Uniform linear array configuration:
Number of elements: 64
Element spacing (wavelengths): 0.5
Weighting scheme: uniform
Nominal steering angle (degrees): -30
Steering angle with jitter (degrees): -31.285
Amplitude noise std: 0.05
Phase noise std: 0.05

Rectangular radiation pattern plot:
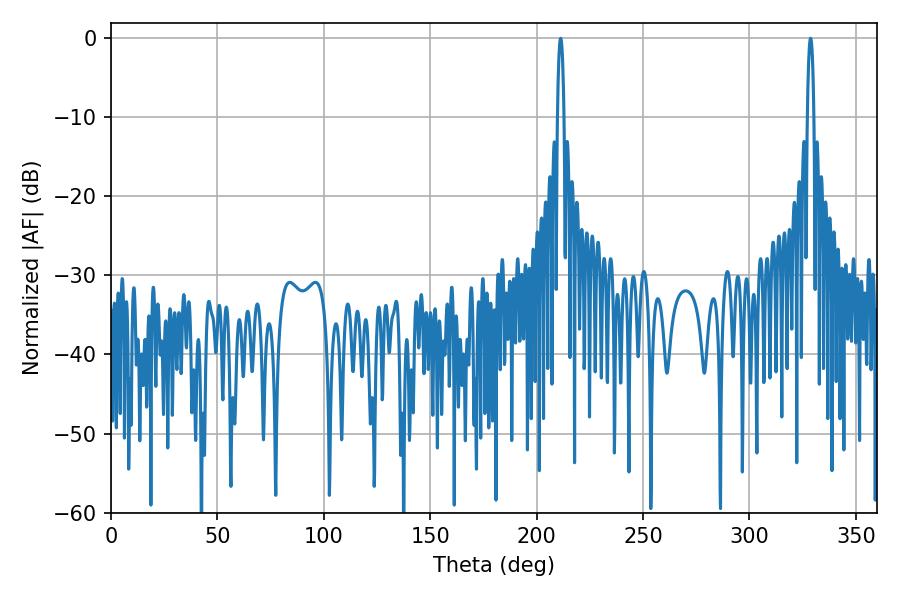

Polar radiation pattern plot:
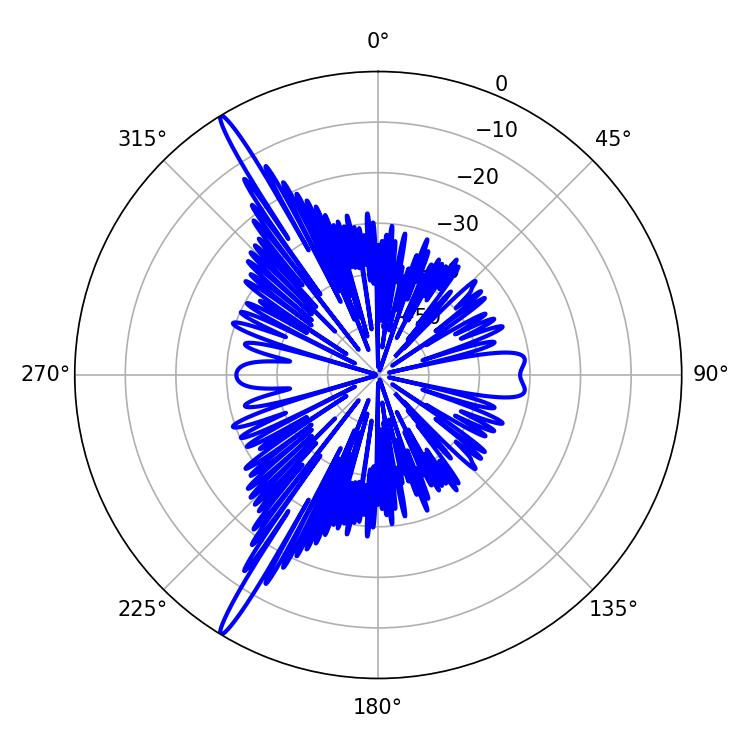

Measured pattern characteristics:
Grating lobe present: FALSE
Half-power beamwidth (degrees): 1.62
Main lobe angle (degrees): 328.68